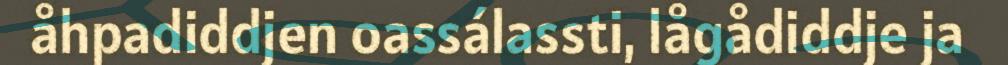
åhpadiddjen oassálassti, lågådiddje ja